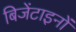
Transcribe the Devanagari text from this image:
बिजेंटाइनों